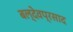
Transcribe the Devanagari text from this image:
बल्देवप्रसाद